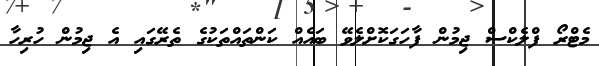
މެޓްރޯ ފްލެކްސް ޖިމުން ފާހަގަކޮށްލެވޭ ބައެއް ކަންތައްތަކުގެ ތެރޭގައި އެ ޖިމުން ހުރިހާ